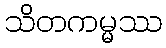
သိတကမ္မဿ